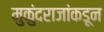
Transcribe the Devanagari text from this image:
मुकुंदराजांकडून